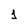
Character: 1